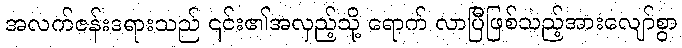
အလက်ဇန်းဒရားသည် ၎င်း၏အလှည့်သို့ ရောက် လာပြီဖြစ်သည့်အားလျော်စွာ